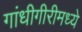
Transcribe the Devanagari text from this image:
गांधीगीरीमध्ये